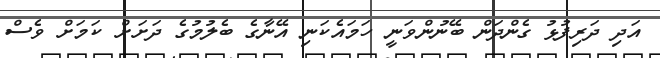
އަދި ދަރިފުޅު ގެންދަން ބޭނުންވަނީ ހަމައެކަނި އޭނާގެ ބެލުމުގެ ދަށަށް ކަމަށް ވެސް